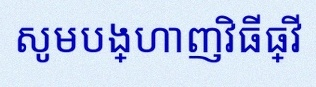
សូមបង្ហាញវិធីធ្វើ